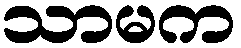
သာမက